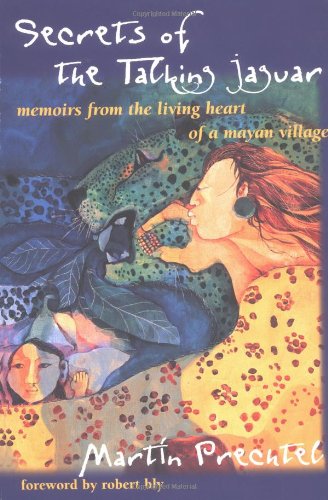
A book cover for Secrets of the Talking Jaguar; Martin Prechtel; Science & Math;